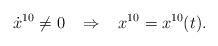
\begin{align*}\dot{x}^{10} \neq 0 \; \; \; \Rightarrow \; \; \; x^{10}=x^{10}(t).\end{align*}